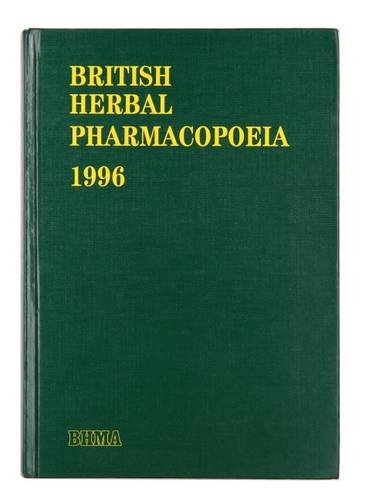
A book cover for British Herbal Pharmacopoeia 1996; British Herbal Medicine Association; Health, Fitness & Dieting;